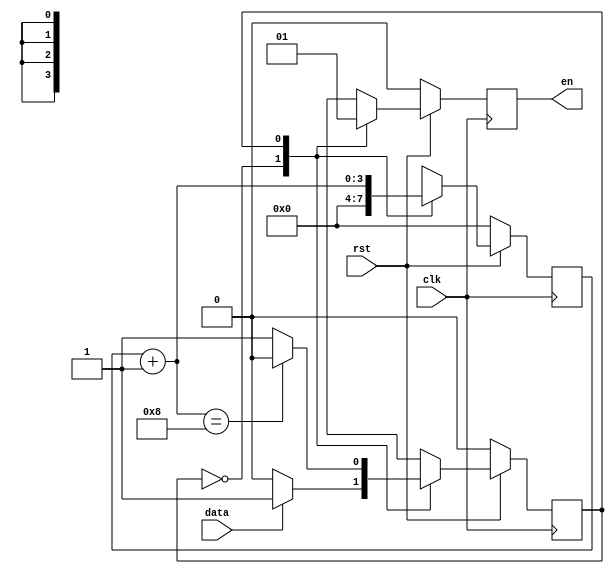
// Clocked by major clock

module start_bit_detect(en, data, clk, rst);
	output reg en;
	input data;
	input clk, rst;
	
	
	reg [3:0] counter;
	
	reg state;
	
	parameter OP_NOP = 1'b0;
	parameter OP_COUNTING = 1'b1;
	
	always @(posedge clk) begin
		if (!rst) begin
			en = 0;
			counter = 0;
			state = 0;
		end else begin
			case (state)
				OP_NOP: begin
					en = 0;
					counter = 0;
					if (data) state = OP_COUNTING;
				end
				
				OP_COUNTING: begin
					en = 1;
					counter = counter + 1;
					if (counter == 8) state = OP_NOP;
				end
			
			
			endcase
		end
		
	
	end

endmodule